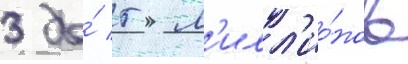
3 до́ 5 м'илл'ио́нов